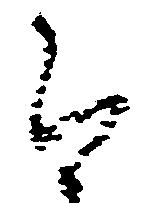
云